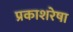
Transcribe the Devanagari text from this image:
प्रकाशरेषा